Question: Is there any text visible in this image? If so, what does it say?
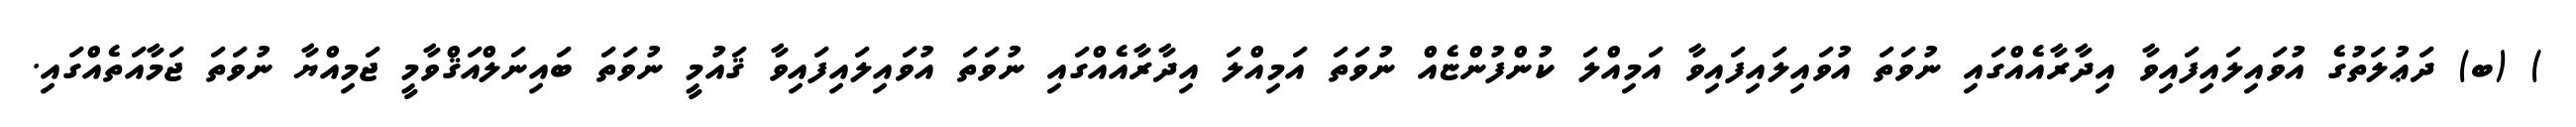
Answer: ) (ބ) ދަޢުލަތުގެ އުވައިލައިފައިވާ އިދާރާއެއްގައި ނުވަތަ އުވައިލައިފައިވާ އަމިއްލަ ކުންފުންޏެއް ނުވަތަ އަމިއްލަ އިދާރާއެއްގައި ނުވަތަ އުވައިލައިފައިވާ ޤައުމީ ނުވަތަ ބައިނަލްއަޤްވާމީ ޖަމިއްޔާ ނުވަތަ ޖަމާއަތެއްގައި.